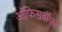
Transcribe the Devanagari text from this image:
ऑफिसबॉयचे